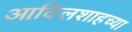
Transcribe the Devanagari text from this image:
आदिलशाहच्या